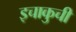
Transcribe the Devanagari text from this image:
इचाकुची